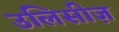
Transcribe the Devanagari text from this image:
उलिसीज़